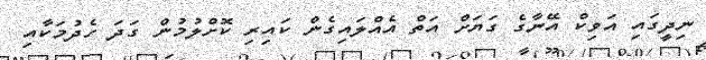
ނިދީގައި އަވިކް އޭނާގެ ގަޔަށް އަތް އެއްލައިގެން ކައިރި ކޮށްލުމުން ގަދަ ހެދުމަކާއި